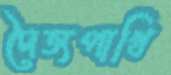
দৈত্যপাখি